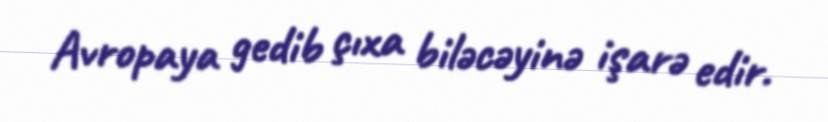
Avropaya gedib çıxa biləcəyinə işarə edir.